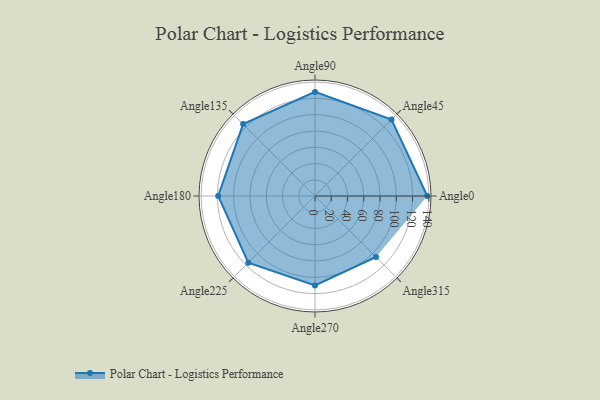
{"axis": {"x": "Angle", "y": "Radius"}, "legend": [""], "data": [{"x": "Angle0", "y": 138.0, "type": ""}, {"x": "Angle45", "y": 133.0, "type": ""}, {"x": "Angle90", "y": 128.0, "type": ""}, {"x": "Angle135", "y": 125.0, "type": ""}, {"x": "Angle180", "y": 119.0, "type": ""}, {"x": "Angle225", "y": 116.0, "type": ""}, {"x": "Angle270", "y": 110.0, "type": ""}, {"x": "Angle315", "y": 106.0, "type": ""}]}